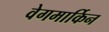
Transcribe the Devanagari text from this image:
वेगमार्किन